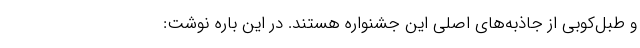
و طبل‌کوبی از جاذبه‌های اصلی این جشنواره هستند. در این باره نوشت: